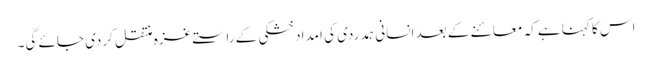
اس کا کہنا ہے کہ معائنے کے بعد انسانی ہمدردی کی امداد خشکی کے راستے غزہ منتقل کردی جائے گی۔